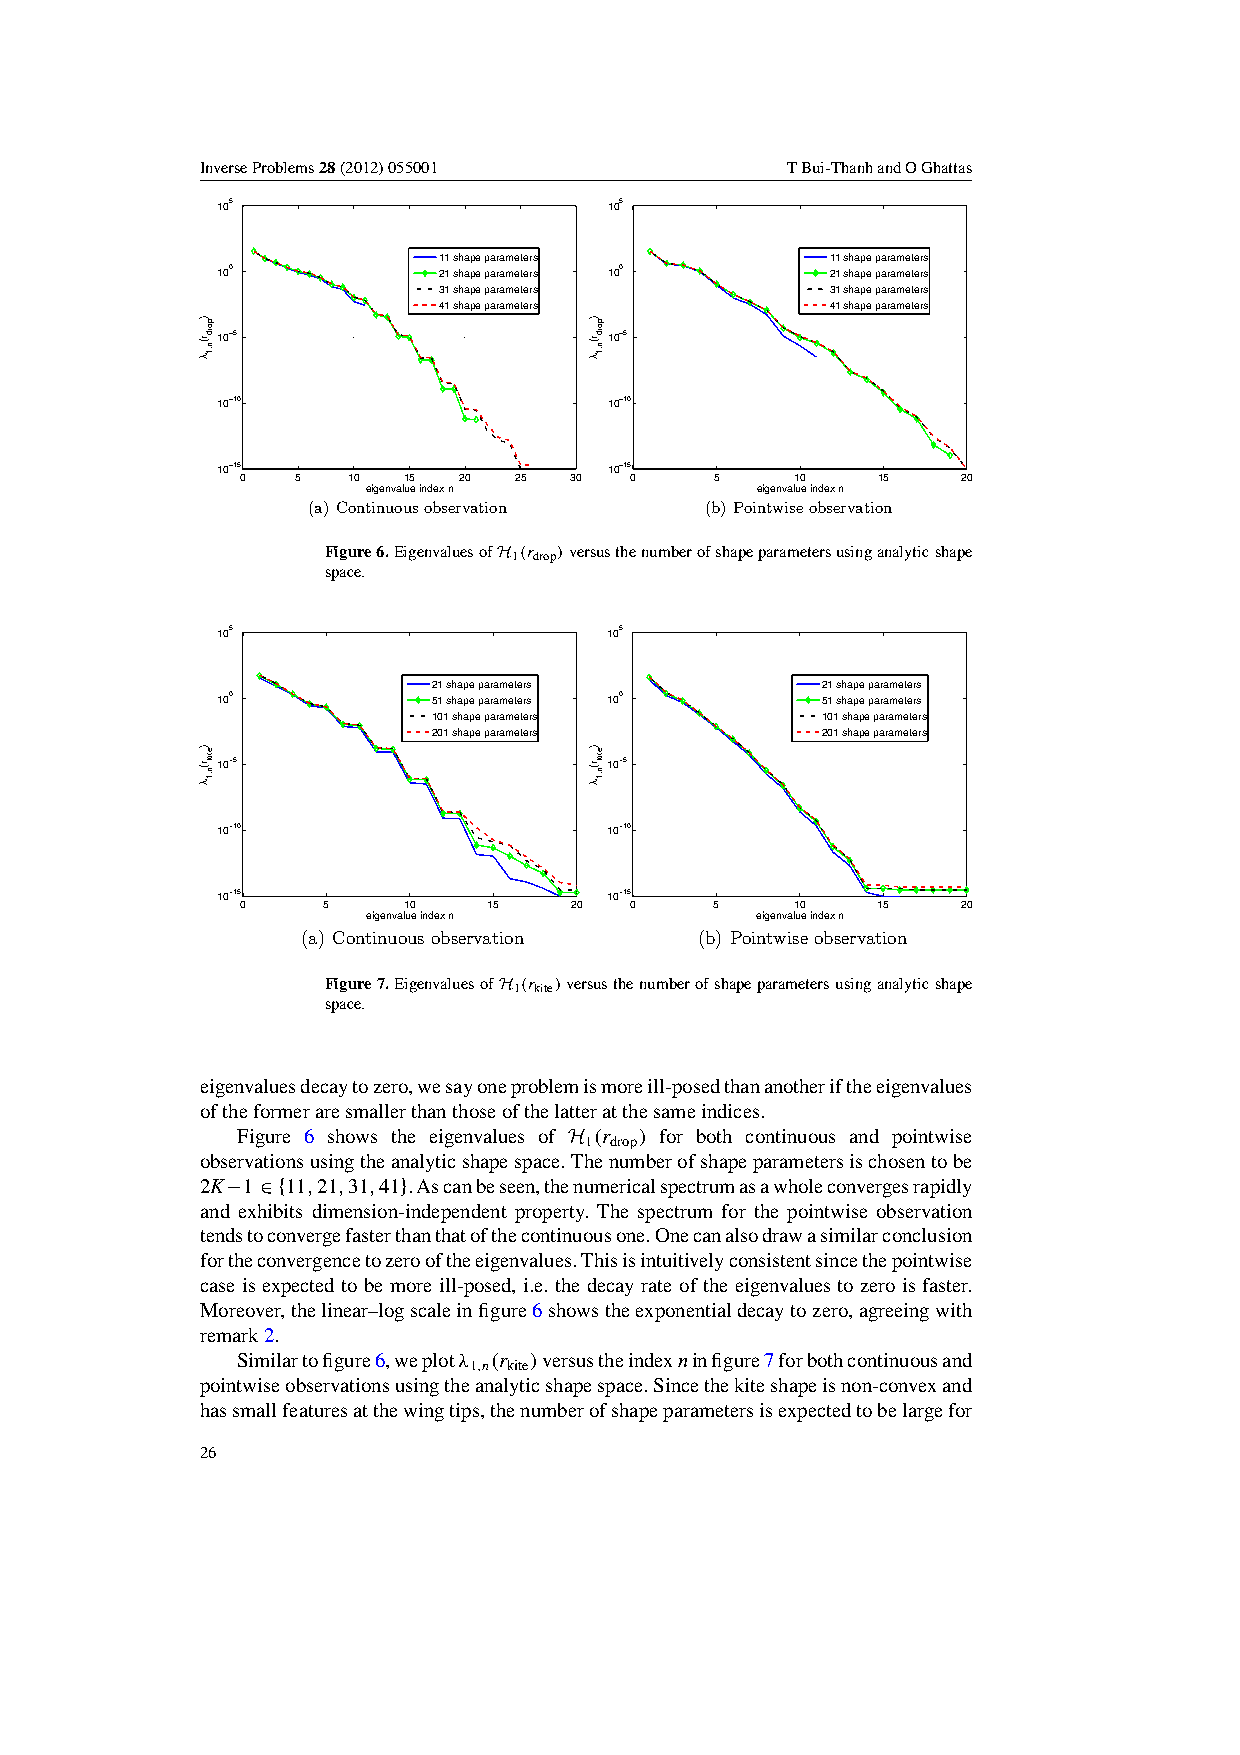
InverseProblems28(2012)055001          TBui-ThanhandOGhattas
 105                       105
 11 shape parameters       11 shape parameters
 100            21 shape parameters 100   21 shape parameters
 31 shape parameters       31 shape parameters
 41 shape parameters       41 shape parameters
 10−5                      10−5
 10−10                     10−10
 10−15
 0   5  10  15 20  25  30
 10−15
 0    5     10   15    20
 eigenvalue index n        eigenvalue index n
 (a) Continuousobservation  (b) Pointwiseobservation
 Figure6.EigenvaluesofH 1(r drop)versusthenumberofshapeparametersusinganalyticshape
 space.
 105                       105
 21 shape parameters      21 shape parameters
 100            51 shape parameters 100  51 shape parameters
 101 shape parameters     101 shape parameters
 201 shape parameters     201 shape parameters
 10−5                      10−5
 10−10                     10−10
 10−15
 0    5     10   15    20
 10−15
 0    5     10   15    20
 eigenvalue index n        eigenvalue index n
 (a) Continuousobservation (b) Pointwiseobservation
 Figure7.EigenvaluesofH 1(r kite)versusthenumberofshapeparametersusinganalyticshape
 space.
 eigenvaluesdecaytozero,wesayoneproblemismoreill-posedthananotheriftheeigenvalues
 oftheformeraresmallerthanthoseofthelatteratthesameindices.
 Figure 6 shows the eigenvalues of H (r ) for both continuous and pointwise
 1 drop
 observationsusingtheanalyticshapespace.Thenumberofshapeparametersischosentobe
 2K−1∈{11,21,31,41}.Ascanbeseen,thenumericalspectrumasawholeconvergesrapidly
 and exhibits dimension-independent property. The spectrum for the pointwise observation
 tendstoconvergefasterthanthatofthecontinuousone.Onecanalsodrawasimilarconclusion
 fortheconvergencetozerooftheeigenvalues.Thisisintuitivelyconsistentsincethepointwise
 case is expected to be more ill-posed, i.e. the decay rate of the eigenvalues to zero is faster.
 Moreover,thelinear–logscaleinfigure6showstheexponentialdecaytozero,agreeingwith
 remark2.
 Similartofigure6,weplotλ 1,n(r kite)versustheindexninfigure7forbothcontinuousand
 pointwiseobservationsusingtheanalyticshapespace.Sincethekiteshapeisnon-convexand
 hassmallfeaturesatthewingtips,thenumberofshapeparametersisexpectedtobelargefor
 26
 )
 r(
 λ
 )
 r(
 λ
 pord
 n,1
 etik
 n,1
 )
 r(
 λ
 )
 r(
 λ
 pord
 n,1
 etik
 n,1